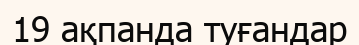
19 ақпанда туғандар